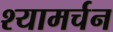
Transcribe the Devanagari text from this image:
श्यामर्चन